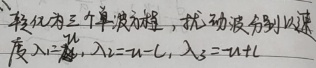
转化为三个单波方程，扰动波分别以速度\(\lambda_1 = \frac{u}{1}\)，\(\lambda_2 = u - c\)，\(\lambda_3 = u + c\)。（注：图中“\(\lambda_1=\frac{u}{1}\)”处“\(\lambda_1 = \frac{u}{1}\)”可能有误，若按图中“\(\lambda_1=\frac{u}{}\)”格式，显示不全无法准确判断，这里按常规理解补充为“\(\lambda_1 = \frac{u}{1}\)” ）